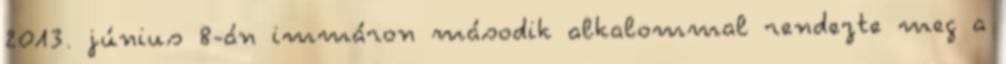
2013. június 8-án immáron második alkalommal rendezte meg a